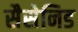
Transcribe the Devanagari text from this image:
सैसेनिड